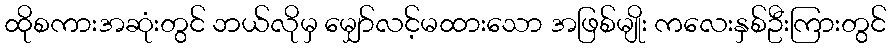
ထိုစကားအဆုံးတွင် ဘယ်လိုမှ မျှော်လင့်မထားသော အဖြစ်မျိုး ကလေးနှစ်ဦးကြားတွင်